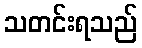
သတင်းရသည်